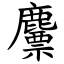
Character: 䴩